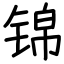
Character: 锦